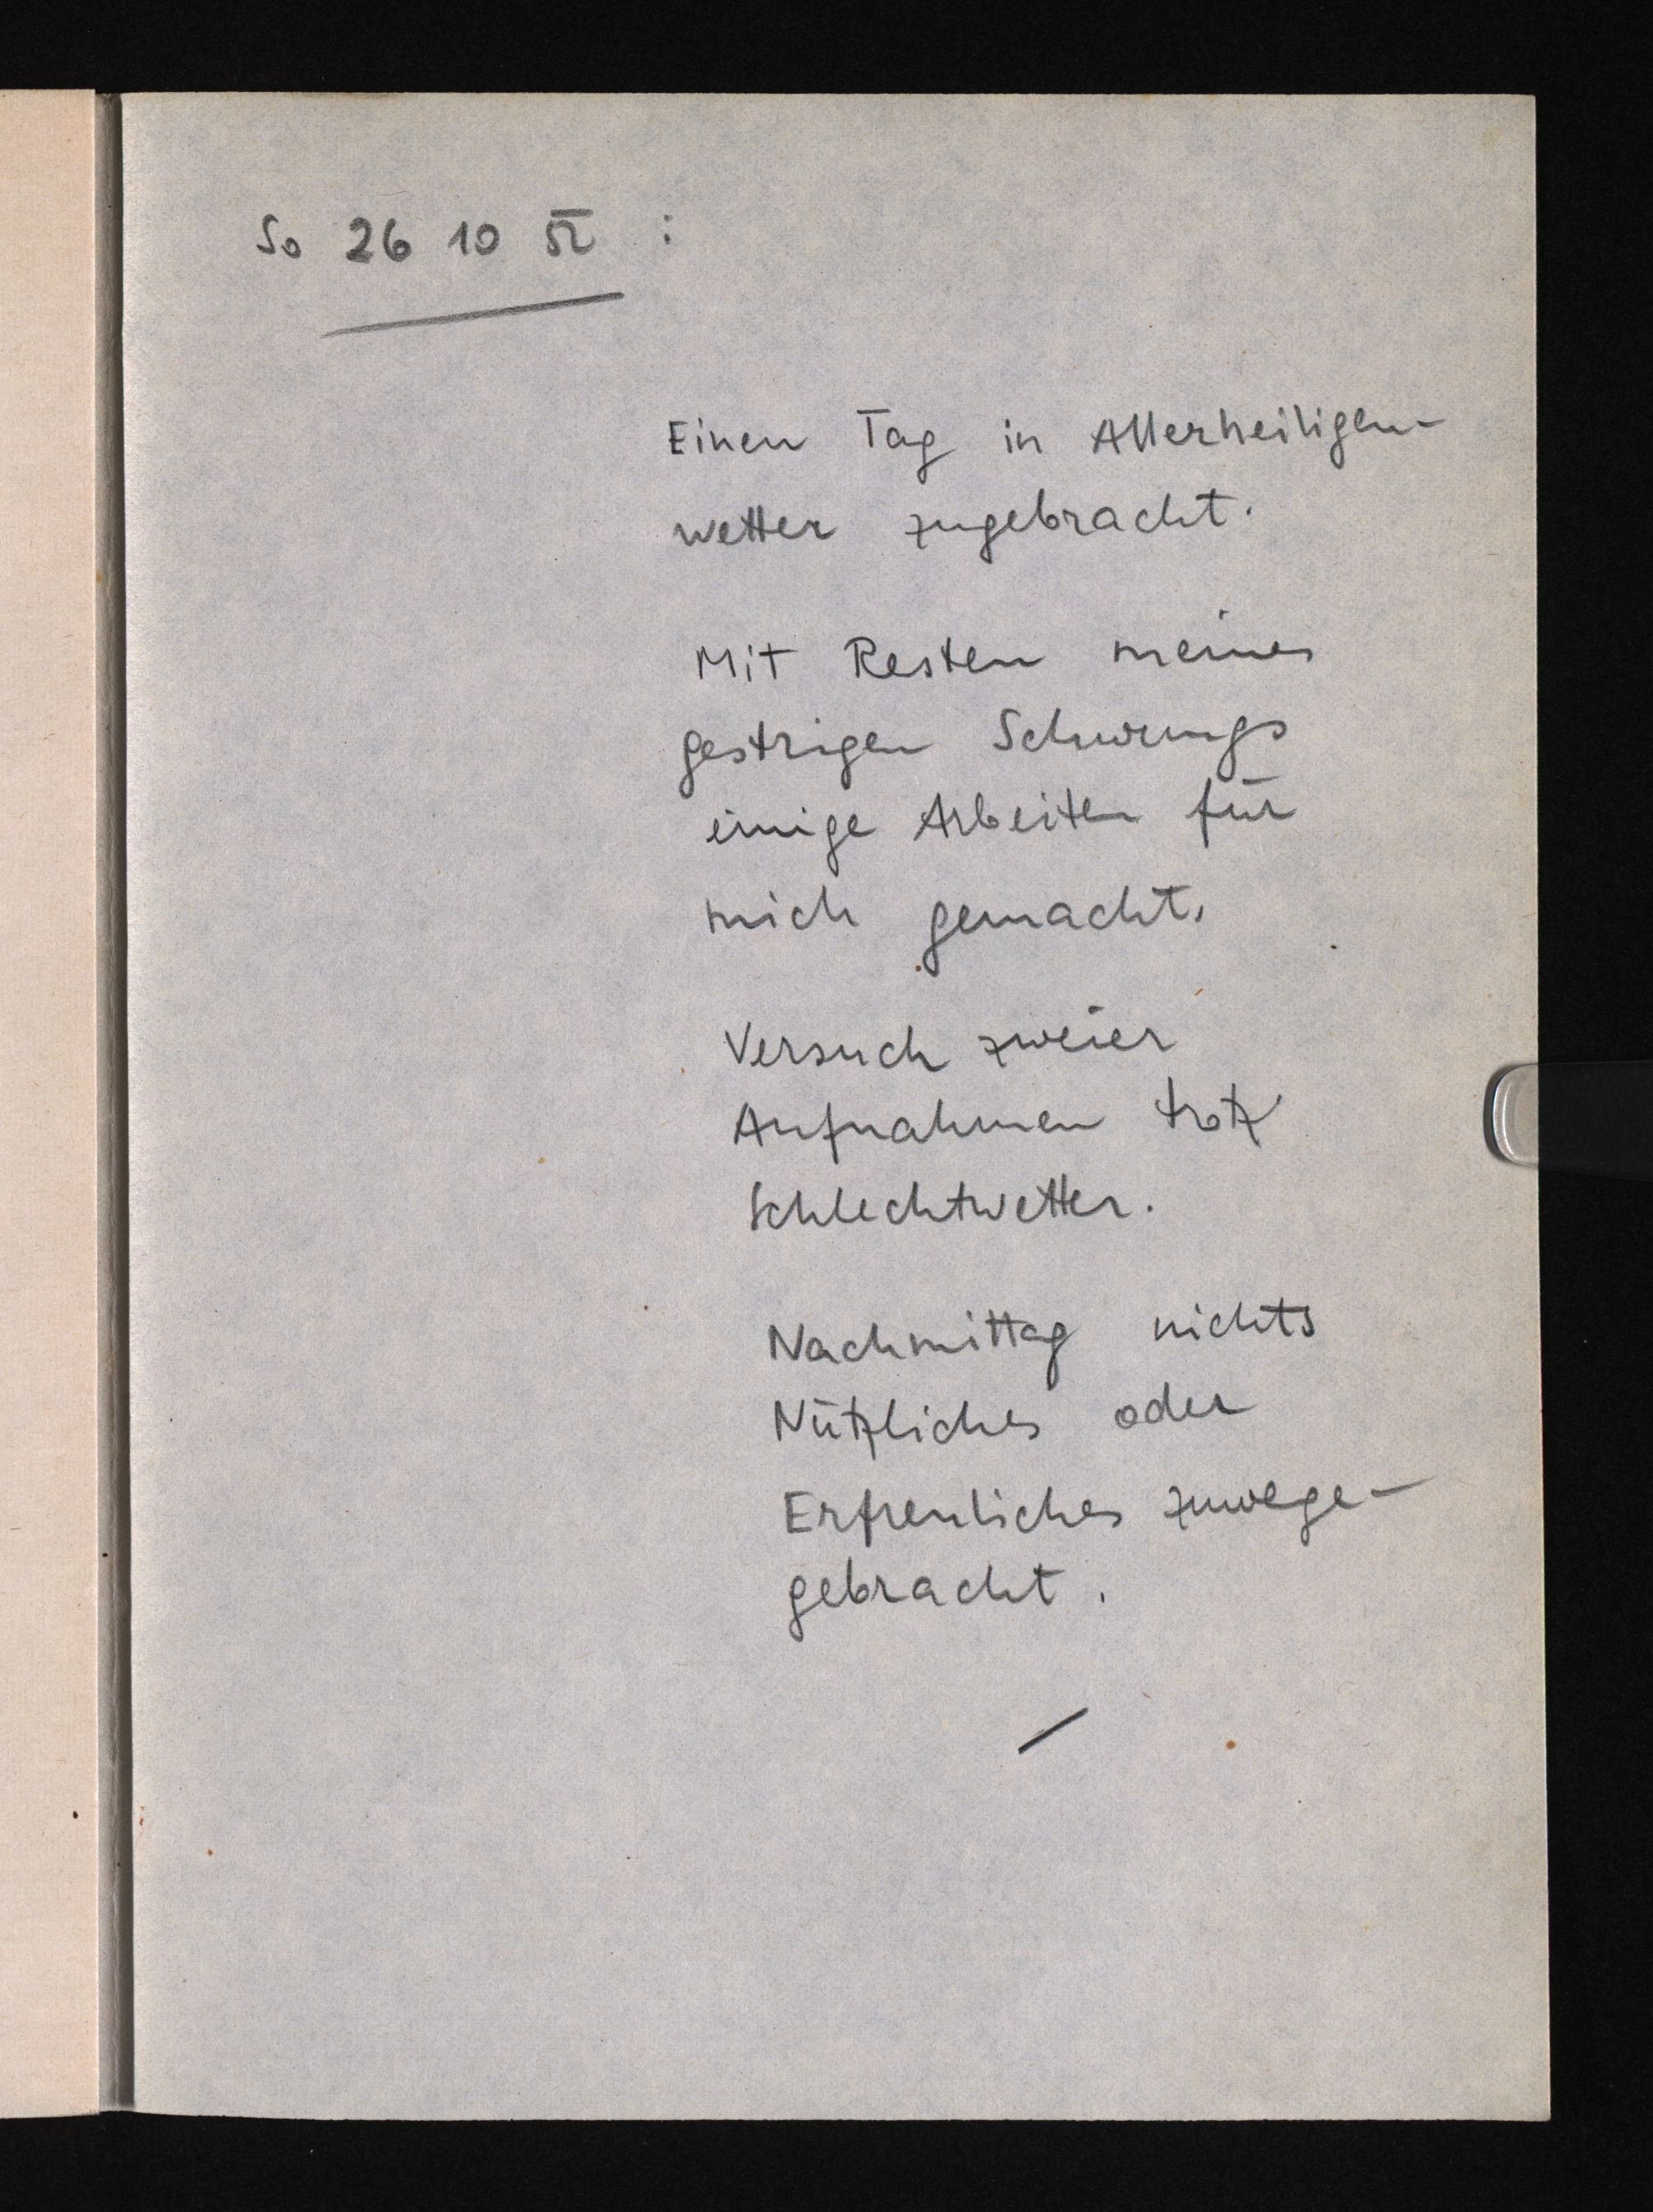
So 26 10 52:
Einen Tag in Allerheiligen¬
wetter zugebracht.
Mit Resten meines
gestrigen Schwungs
einige Arbeiten für
mich gemacht.
Versuch zweier
Aufnahmen trotz
Schlechtwetter.
Nachmittag nichts
Nützliches oder
Erfreuliches zuwege¬
gebracht.